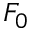
F _ { 0 }